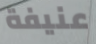
عنيفة